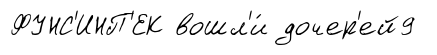
ФУНС'ИНП'ЕК вошл'и́ дочер'ей9